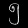
Digit: ၅